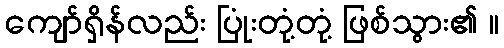
ကျော်ရှိန်လည်း ပြုံးတုံ့တုံ့ ဖြစ်သွား၏ ။